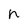
Character: n